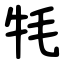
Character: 牦